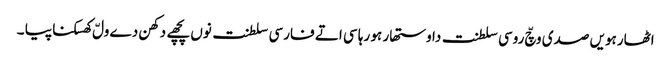
اٹھارہویں صدی وچّ روسی سلطنت دا وستھار ہو رہا سی اتے فارسی سلطنت نوں پچھے دکھن دے ولّ کھسکنا پیا ۔